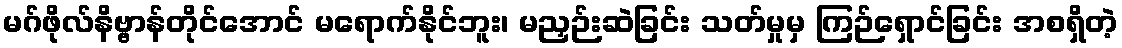
မဂ်ဖိုလ်နိဗ္ဗာန်တိုင်အောင် မရောက်နိုင်ဘူး၊ မညှဉ်းဆဲခြင်း သတ်မှုမှ ကြဉ်ရှောင်ခြင်း အစရှိတဲ့